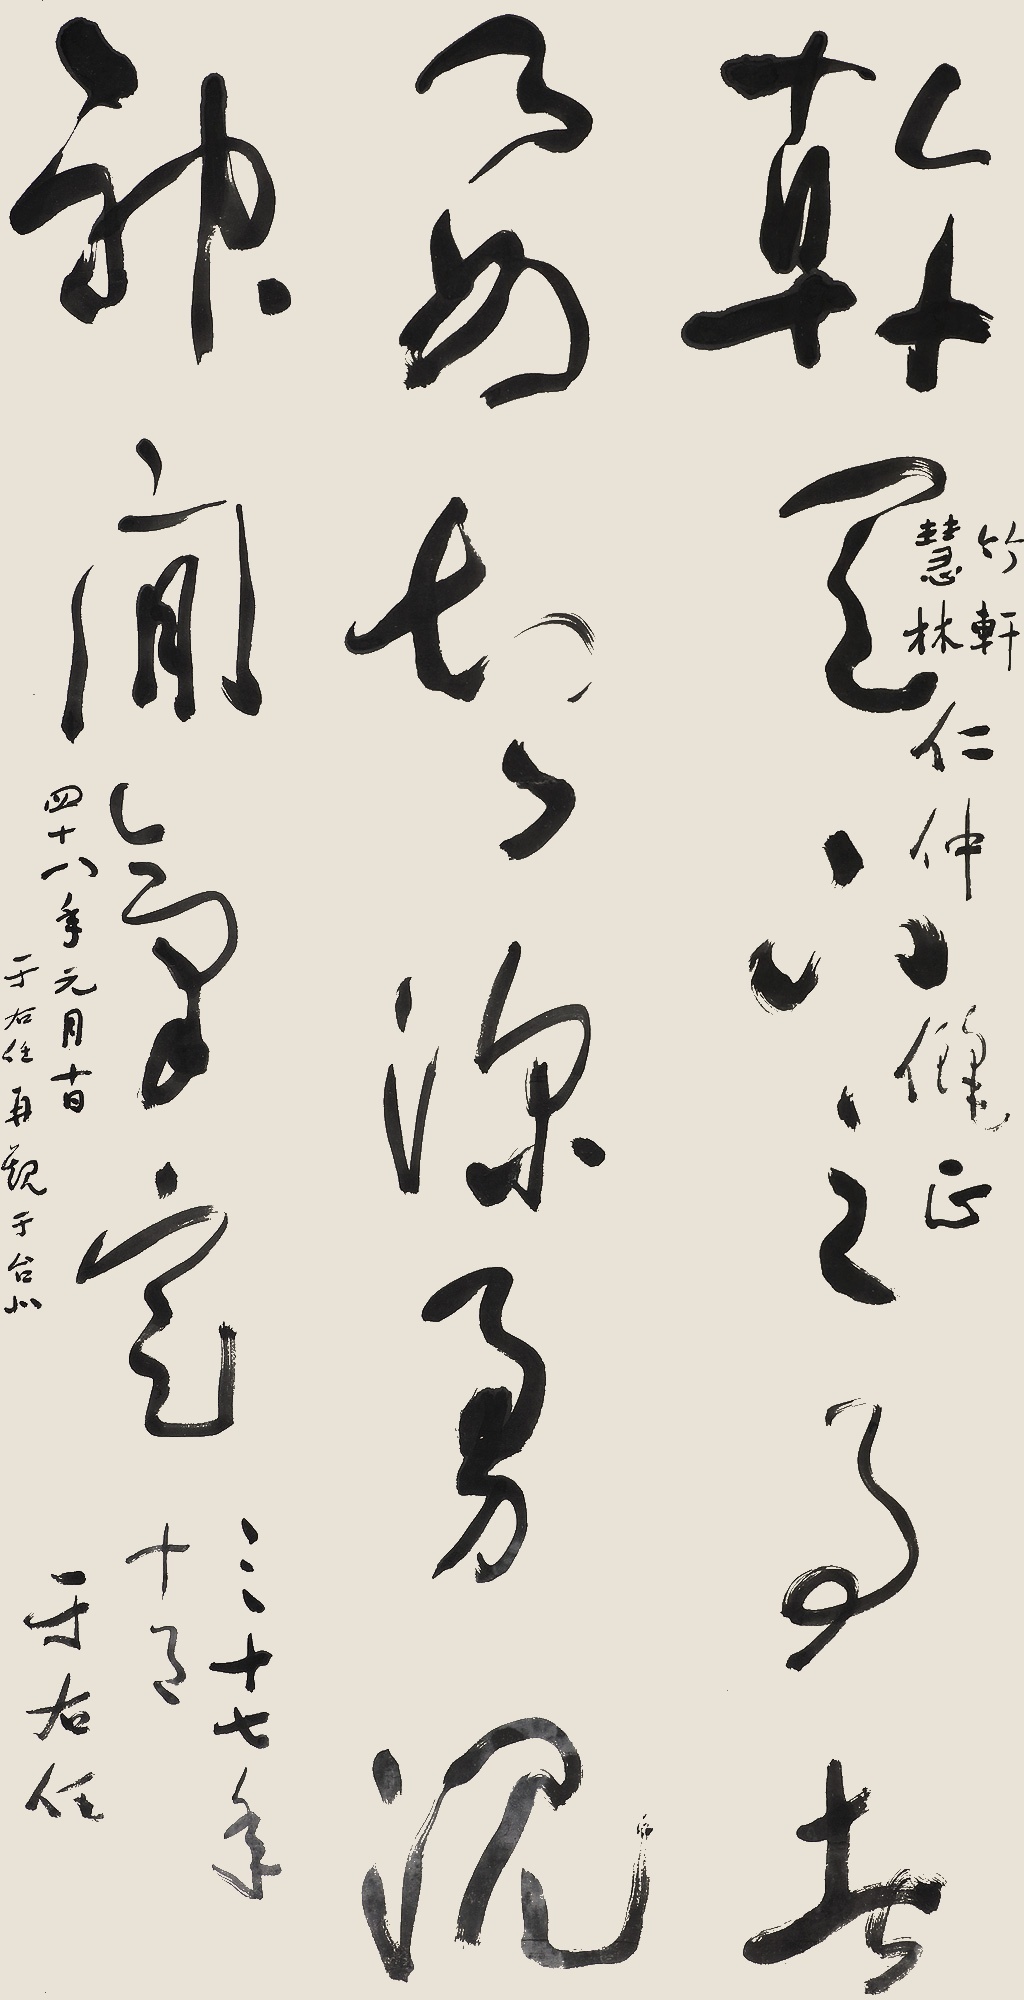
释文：1.干天下之事者，要智深勇沉，神闲气定。三十七年十月，于右任。2.竹轩、慧林仁仲俪正，四十八年元月十日，于右任再观于台北。